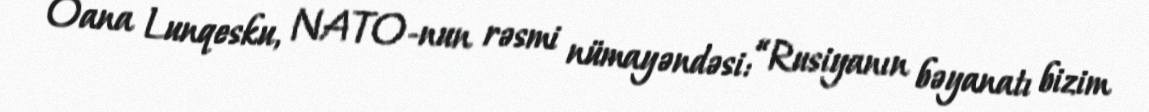
Oana Lunqesku, NATO-nun rəsmi nümayəndəsi: “Rusiyanın bəyanatı bizim